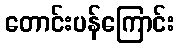
တောင်းပန်ကြောင်း